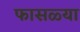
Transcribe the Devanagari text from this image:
फासळ्या